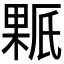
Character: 𰘊